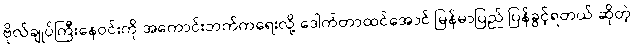
ဗိုလ်ချုပ်ကြီးနေဝင်းကို အကောင်းဘက်ကရေးလို့ ဒေါက်တာထင်အောင် မြန်မာပြည် ပြန်ခွင့်ရတယ် ဆိုတဲ့